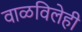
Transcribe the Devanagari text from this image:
वाळविलेही